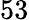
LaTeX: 53